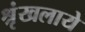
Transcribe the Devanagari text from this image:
श्रृंखलाये